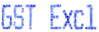
GST EXCL